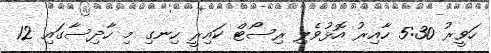
ހަވީރު 5:30 ހާއިރު އޮޅުވެލި ރިސޯޓް ކައިރީ ހިނގި މި ހާދިސާގައި 12